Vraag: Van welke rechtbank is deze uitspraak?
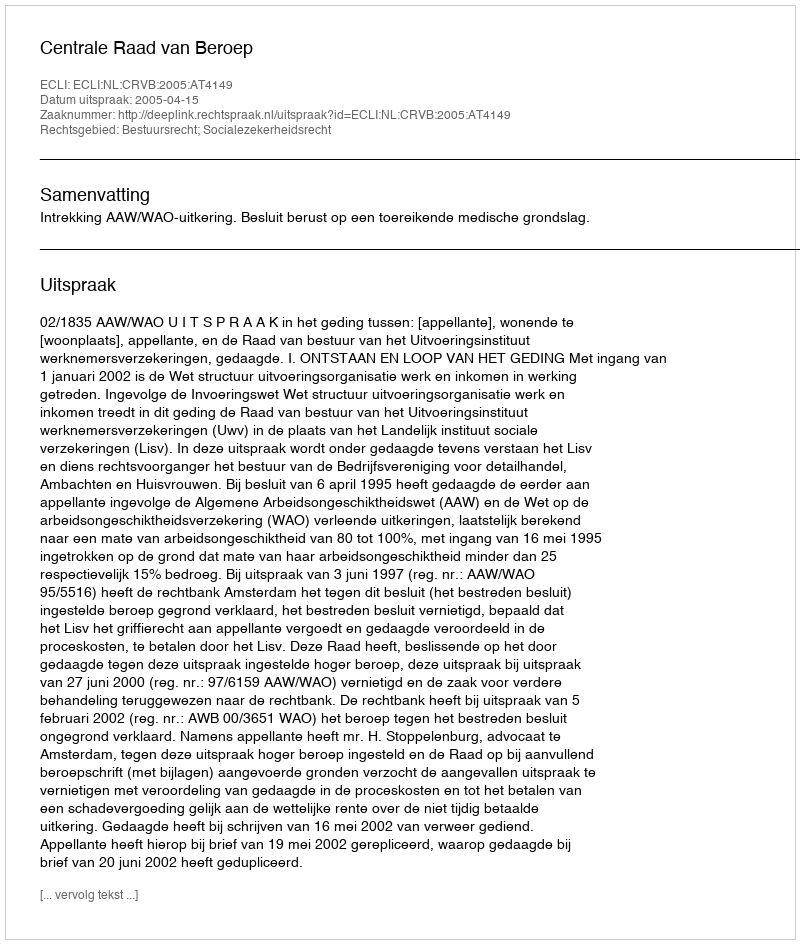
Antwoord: Centrale Raad van Beroep